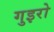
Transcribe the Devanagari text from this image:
गुइरो